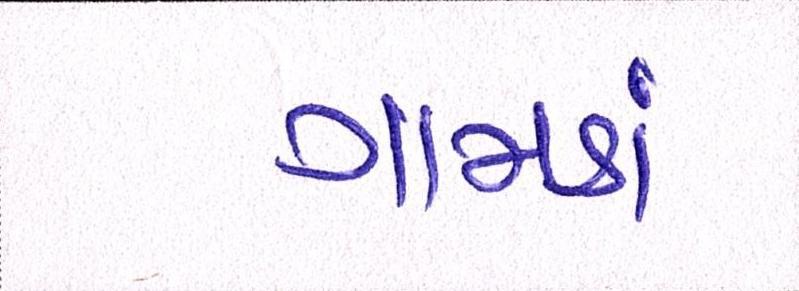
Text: ગામડાં